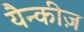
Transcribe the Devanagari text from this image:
यैन्कीज़